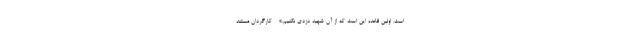
است. اولین قاعده این است که از آن شهید دزدی نکنیم.» - کارگردان مستند